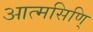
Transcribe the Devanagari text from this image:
आत्मसिणि्